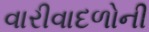
વારીવાદળોની